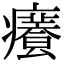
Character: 𤻰